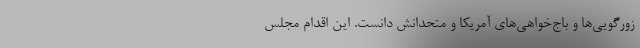
زورگویی‌ها و باج‌خواهی‌های آمریکا و متحدانش دانست. این اقدام مجلس